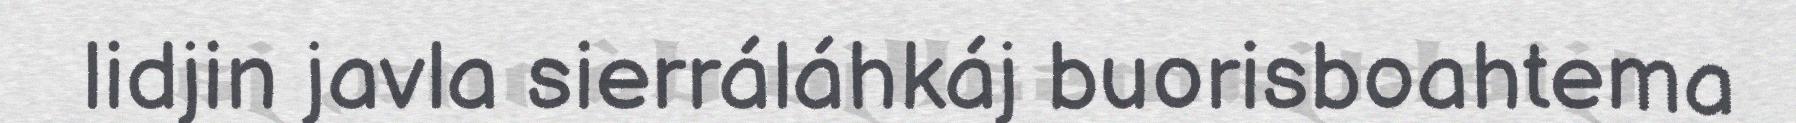
lidjin javla sierráláhkáj buorisboahtema